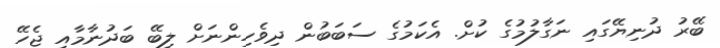
ބޭރު ދުނިޔޭގައި ނަގާލުމުގެ ކުށް. އެކަމުގެ ސަބަބުން ދިވެހިންނަށް ލިބޭ ބަދުނާމާއި ޖެހޭ